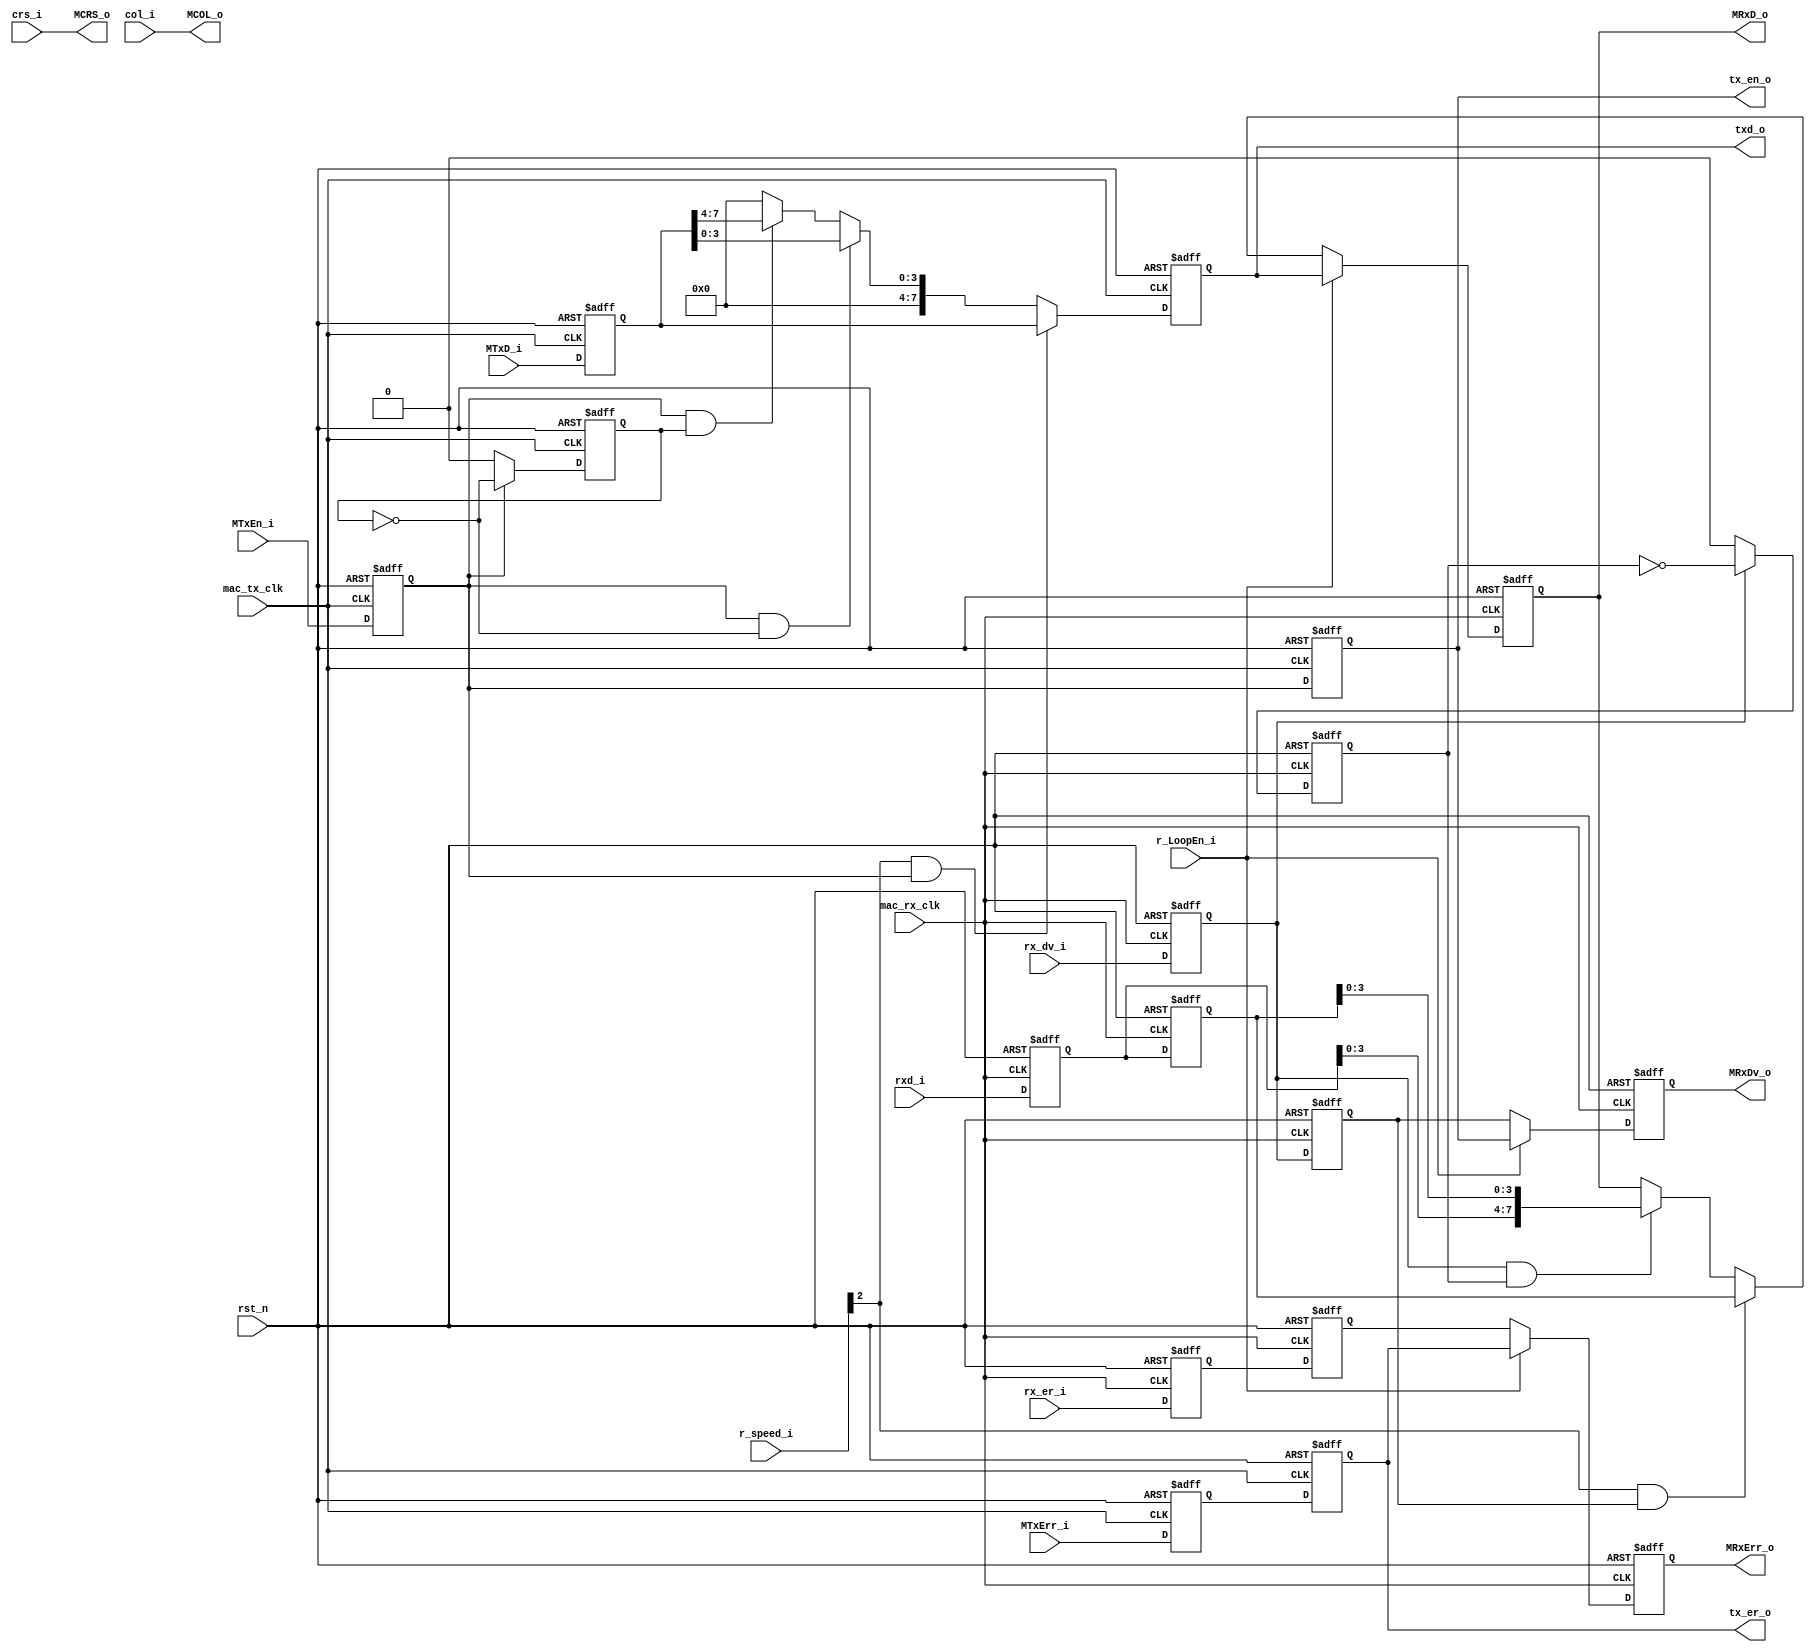
/*+
 * Copyright (c) 2022-2023 Zhengde
 *
 * Copyright (c) 2001 Jon Gao (gaojon@yahoo.com) 
 *
 * All rights reserved.
 * 
 * Redistribution and use in source and binary forms, with or without
 * modification, are permitted provided that the following conditions are met:
 * 
 * 1 Redistributions of source code must retain the above copyright notice, this
 *   list of conditions and the following disclaimer.
 * 
 * 2 Redistributions in binary form must reproduce the above copyright notice,
 *   this list of conditions and the following disclaimer in the documentation
 *   and/or other materials provided with the distribution.
 * 
 * 3 Neither the name of the copyright holder nor the names of its
 *   contributors may be used to endorse or promote products derived from
 *   this software without specific prior written permission.
 * 
 * THIS SOFTWARE IS PROVIDED BY THE COPYRIGHT HOLDERS AND CONTRIBUTORS "AS IS"
 * AND ANY EXPRESS OR IMPLIED WARRANTIES, INCLUDING, BUT NOT LIMITED TO, THE
 * IMPLIED WARRANTIES OF MERCHANTABILITY AND FITNESS FOR A PARTICULAR PURPOSE ARE
 * DISCLAIMED. IN NO EVENT SHALL THE COPYRIGHT HOLDER OR CONTRIBUTORS BE LIABLE
 * FOR ANY DIRECT, INDIRECT, INCIDENTAL, SPECIAL, EXEMPLARY, OR CONSEQUENTIAL
 * DAMAGES (INCLUDING, BUT NOT LIMITED TO, PROCUREMENT OF SUBSTITUTE GOODS OR
 * SERVICES; LOSS OF USE, DATA, OR PROFITS; OR BUSINESS INTERRUPTION) HOWEVER
 * CAUSED AND ON ANY THEORY OF LIABILITY, WHETHER IN CONTRACT, STRICT LIABILITY,
 * OR TORT (INCLUDING NEGLIGENCE OR OTHERWISE) ARISING IN ANY WAY OUT OF THE USE
 * OF THIS SOFTWARE, EVEN IF ADVISED OF THE POSSIBILITY OF SUCH DAMAGE.
-*/

/*+
 * Clock generation for EMAC TX/RX data processing.
-*/

module emac_phy_intf (
    input              rst_n          ,
    input              mac_rx_clk     ,
    input              mac_tx_clk     ,
    //RX interface to MAC core
    output reg         MRxDv_o        ,       
    output reg [7:0]   MRxD_o         ,       
    output reg         MRxErr_o       ,       
    output             MCRS_o         ,
    output             MCOL_o         ,
    //TX interface from MAC core
    input   [7:0]      MTxD_i         ,
    input              MTxEn_i        ,   
    input              MTxErr_i       ,
    //PHY interface
    output reg         tx_er_o        ,
    output reg         tx_en_o        ,
    output reg [7:0]   txd_o          ,
    input              rx_er_i        ,
    input              rx_dv_i        ,
    input   [7:0]      rxd_i          ,
    input              crs_i          ,
    input              col_i          ,
    //registers interface
    input              r_LoopEn_i     ,
    input   [2:0]      r_speed_i         
);
    //internal signals                                                              
    reg     [7:0]   MTxD_d1         ;
    reg             MTxEn_d1        ;
    reg             MTxErr_d1       ;
    reg             tx_odd_data_ptr ;  
    reg             rx_odd_data_ptr ;
    reg             rx_er_d1        ;
    reg             rx_er_d2        ;
    reg             rx_dv_d1        ;
    reg             rx_dv_d2        ;
    reg     [7:0]   rxd_d1          ;
    reg     [7:0]   rxd_d2          ;

    //++
    //Tx control                                                              
    //--

    //latch boundery signals
    always @ (posedge mac_tx_clk or negedge rst_n) begin
        if (!rst_n) begin
            MTxD_d1    <= 0;
            MTxEn_d1   <= 0;
            MTxErr_d1  <= 0;
        end  
        else begin
            MTxD_d1    <= MTxD_i  ;
            MTxEn_d1   <= MTxEn_i ;
            MTxErr_d1  <= MTxErr_i;
        end 
    end
     
    always @ (posedge mac_tx_clk or negedge rst_n) begin
        if (!rst_n)   
            tx_odd_data_ptr <= 0;
        else if (!MTxEn_d1)
            tx_odd_data_ptr <= 0;
        else 
            tx_odd_data_ptr <= !tx_odd_data_ptr;
    end
        

    always @ (posedge mac_tx_clk or negedge rst_n) begin
        if (!rst_n)  
            txd_o <= 0;
        else if(r_speed_i[2] && MTxEn_d1)
            txd_o <= MTxD_d1;
        else if(MTxEn_d1 && !tx_odd_data_ptr)
            txd_o <= {4'b0,MTxD_d1[3:0]};
        else if(MTxEn_d1 && tx_odd_data_ptr)
            txd_o <= {4'b0,MTxD_d1[7:4]};
        else
            txd_o <= 0;
    end

    always @ (posedge mac_tx_clk or negedge rst_n) begin
        if (!rst_n) begin 
            tx_en_o <= 0;
            tx_er_o <= 0;
        end
        else begin
            tx_en_o <= MTxEn_d1;
            tx_er_o <= MTxErr_d1;
        end
    end

    //++
    //Rx control                                                              
    //--

    //latch boundery signals
    always @ (posedge mac_rx_clk or negedge rst_n) begin
        if (!rst_n)  begin
            rx_er_d1 <= 0;
            rx_er_d2 <= 0;
            rx_dv_d1 <= 0;
            rx_dv_d2 <= 0;
            rxd_d1   <= 0;
            rxd_d2   <= 0;
        end
        else begin
            rx_er_d1 <= rx_er_i  ;
            rx_er_d2 <= rx_er_d1 ;
            rx_dv_d1 <= rx_dv_i  ;
            rx_dv_d2 <= rx_dv_d1 ;
            rxd_d1   <= rxd_i    ;
            rxd_d2   <= rxd_d1   ;
        end     
    end

    assign MCRS_o   = crs_i  ;
    assign MCOL_o   = col_i  ;

    always @ (posedge mac_rx_clk or negedge rst_n) begin
        if (!rst_n) begin 
            MRxDv_o  <= 0;
            MRxErr_o <= 0;
        end
        else if(r_LoopEn_i) begin
            MRxDv_o  <= tx_en_o;
            MRxErr_o <= tx_er_o;
        end
        else begin
            MRxDv_o  <= rx_dv_d2;
            MRxErr_o <= rx_er_d2;
        end
    end

    always @ (posedge mac_rx_clk or negedge rst_n) begin
        if (!rst_n)   
            rx_odd_data_ptr <= 0;
        else if (!rx_dv_d1)
            rx_odd_data_ptr <= 0;
        else 
            rx_odd_data_ptr <= !rx_odd_data_ptr;
    end
        
    always @ (posedge mac_rx_clk or negedge rst_n) begin
        if (!rst_n)  
            MRxD_o <= 0;
        else if(r_LoopEn_i)
            MRxD_o <= txd_o;
        else if(r_speed_i[2] && rx_dv_d2)
            MRxD_o <= rxd_d2;
        else if(rx_dv_d1 && rx_odd_data_ptr)
            MRxD_o <= {rxd_d1[3:0],rxd_d2[3:0]};
    end
        
endmodule